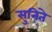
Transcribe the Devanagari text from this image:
सुनिते